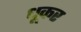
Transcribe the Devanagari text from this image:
धूकर